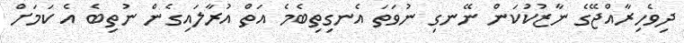
ދިވެހިރާއްޖޭގެ ނާޒުކުކަން ނޭނގި ނުވަތަ އެނގިތިބެމެ އަތް އުރާލައިގެން ނުތިބެ އެ ކަމަށް